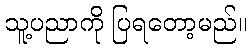
သူ့ပညာကို ပြရတော့မည်။